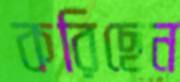
করিছেন